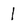
Character: I